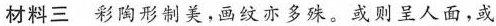
材料三 彩陶形制美，画纹亦多殊。或则呈人面，或